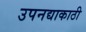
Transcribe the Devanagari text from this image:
उपनद्याकाठी